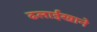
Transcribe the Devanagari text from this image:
ढलाईखाने